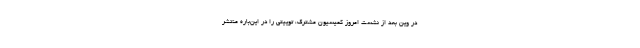
در وین بعد از نشست امروز کمیسیون مشترک، توییتی را در این‌باره منتشر